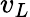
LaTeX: v_{L}